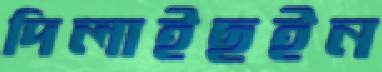
দিলাইছইন